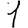
Digit: 1